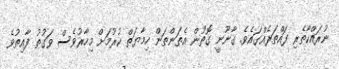
ނުރައްކާތެރި ފައްތަރެއްގައެވެ. ގާނޫނީ ގޮތުން އެތަންތަން ހިމާޔަތް ކުރުމަށް މިހާރުވެސް ވަގުތު ފާއިތުވެ